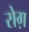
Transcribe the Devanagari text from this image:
रोग़